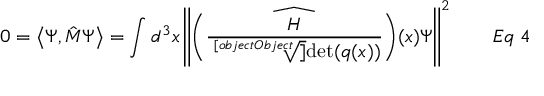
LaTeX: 0 = \left\langle \Psi , { \hat { M } } \Psi \right\rangle = \int d ^ { 3 } x \left\| { \widehat { \left( { \frac { H } { \sqrt [ [object Object] ] { \operatorname* { d e t } ( q ( x ) ) } } } \right) } } ( x ) \Psi \right\| ^ { 2 } \qquad E q \; 4